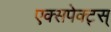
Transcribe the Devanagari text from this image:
एक्सपेक्ट्स्